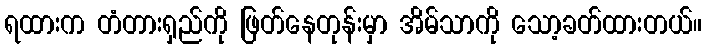
ရထားက တံတားရှည်ကို ဖြတ်နေတုန်းမှာ အိမ်သာကို သော့ခတ်ထားတယ်။